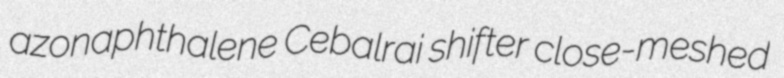
azonaphthalene Cebalrai shifter close-meshed